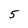
Character: 5